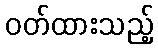
ဝတ်ထားသည့်